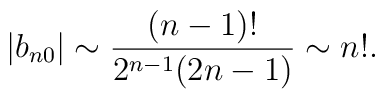
|b_{n0}| \sim \frac{(n-1)!}{2^{n-1} (2n-1)} \sim n!.